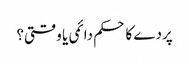
پردے کا حکم دائمی یا وقتی؟